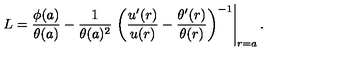
L = \frac { \phi ( a ) } { \theta ( a ) } - \frac { 1 } { \theta ( a ) ^ { 2 } } \left. \left( \frac { u ^ { \prime } ( r ) } { u ( r ) } - \frac { \theta ^ { \prime } ( r ) } { \theta ( r ) } \right) ^ { - 1 } \right| _ { r = a } .